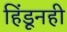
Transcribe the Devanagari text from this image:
हिंडूनही